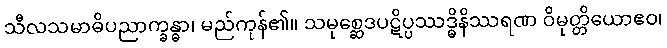
သီလသမာဓိပညာက္ခန္ဓာ၊ မည်ကုန်၏။ သမုစ္ဆေဒပဋိပ္ပဿဒ္ဓိနိဿရဏ ဝိမုတ္တိယောဧဝ၊